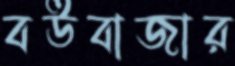
বউবাজার